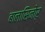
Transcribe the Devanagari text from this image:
बालासिनोर